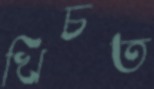
খিচত